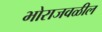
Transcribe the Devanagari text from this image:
भोराजवळील